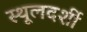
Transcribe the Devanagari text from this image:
स्थूलदर्शी